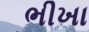
ભીખા